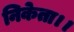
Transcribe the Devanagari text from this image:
निकेता।।